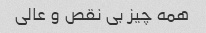
همه چیز بی نقص و عالی